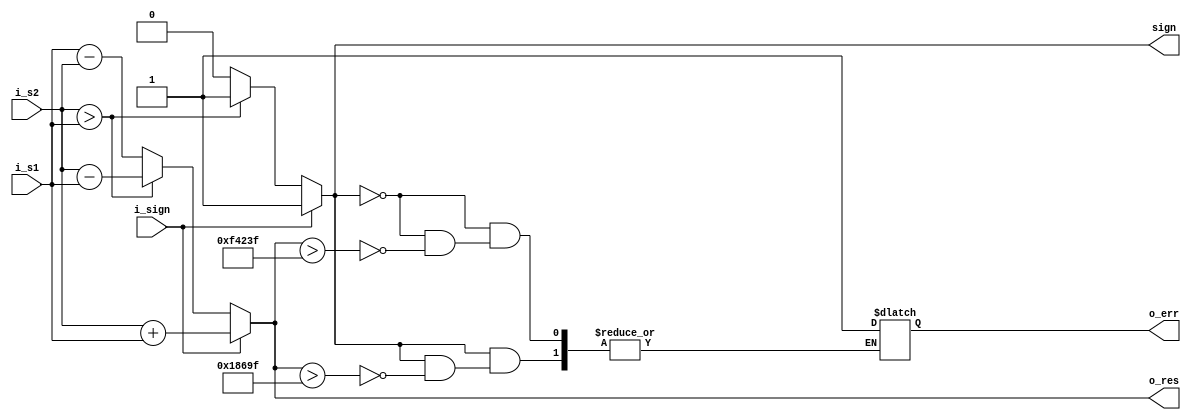
module minus(
input i_sign,
input [39:0] i_s1,
input [39:0] i_s2,
output reg [39:0] o_res,
output reg sign,
output reg o_err
);

always @ (*)
	begin
		if( !i_sign )
			begin
				if( i_s2 > i_s1 ) 
					begin
						sign <= 1'd1;
						o_res <= i_s2 - i_s1;
					end
				else
					begin
						sign <= 1'd0;
						o_res <= i_s1 - i_s2;
						
					end
			end
		else
			begin
				sign <= 1'd1;
				o_res <= i_s2 + i_s1;
			end

			
			

		if( sign ) 
			begin
				if( o_res > 40'd99999 )
					begin
						o_err = 1'd1;
					end
			end
		else
			begin
				if( o_res > 40'd999999 )
					begin
						o_err = 1'd1;
					end
			end
	end
endmodule